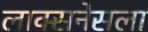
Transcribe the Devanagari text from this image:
लाक्सनेसला